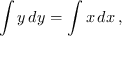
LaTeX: \int y \, d y = \int x \, d x \, ,